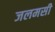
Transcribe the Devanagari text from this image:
जलमसी